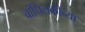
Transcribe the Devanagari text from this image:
बांधिलकीच्या